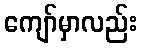
ကျော်မှာလည်း